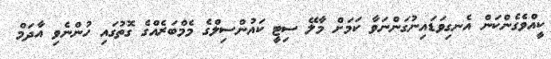
ކީއްވެގެންކަން އެނގިވަޑައިނުގަންނަވާ ކަމަށް މާލޭ ސިޓީ ކައުންސިލްގެ މެމްބަރެއްގެ ގޮތުގައި ހުންނެވި އާދަމް